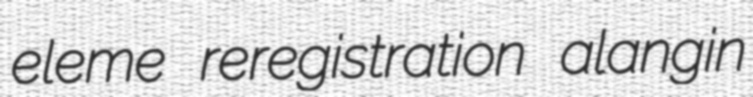
eleme reregistration alangin